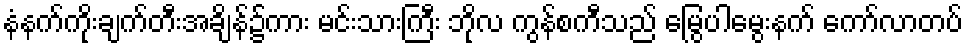
နံနက်ကိုးချက်တီးအချိန်၌ကား မင်းသားကြီး ဘိုလ ကွန်စကီသည် မြွေပါမွေးနက် ကော်လာတပ်